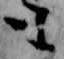
も